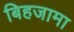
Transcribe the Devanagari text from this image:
बिहजामा